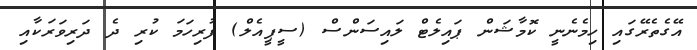
އޭގެތެރޭގައި ހިމެނެނީ ކޮމާޝަން ޕައިލެޓް ލައިސަންސް (ސީޕީއެލް) ފުރިހަމަ ކުރި ދެ ދަރިވަރަކާއި